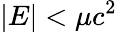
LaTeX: |E|<\mu c^{2}